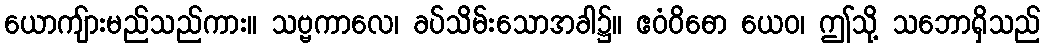
ယောကျ်ားမည်သည်ကား။ သဗ္ဗကာလေ၊ ခပ်သိမ်းသောအခါ၌။ ဧဝံဝိဓော ယေဝ၊ ဤသို့ သဘောရှိသည်